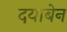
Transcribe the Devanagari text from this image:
दयाबेन